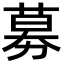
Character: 募